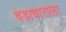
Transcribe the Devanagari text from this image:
वेडाचाराला